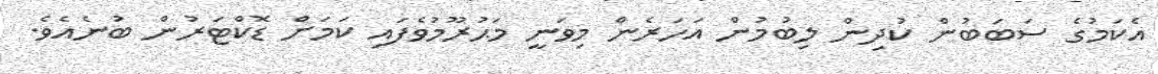
އެކަމުގެ ސަބަބުން ކުދިން ލިބުމުން އަހަރެން މިވަނީ މަޙުރޫމުވެފައި ކަމަށް ޑޮކްޓަރުން ބުނެއެވެ.